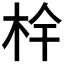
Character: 𭩧